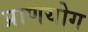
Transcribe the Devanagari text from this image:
प्राणयोग